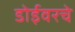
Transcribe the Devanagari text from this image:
डोईवरचे